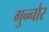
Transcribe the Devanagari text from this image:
गुन्‍नौर